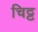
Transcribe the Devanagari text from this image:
चिट्ट